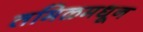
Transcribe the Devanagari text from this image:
तमिळमधून